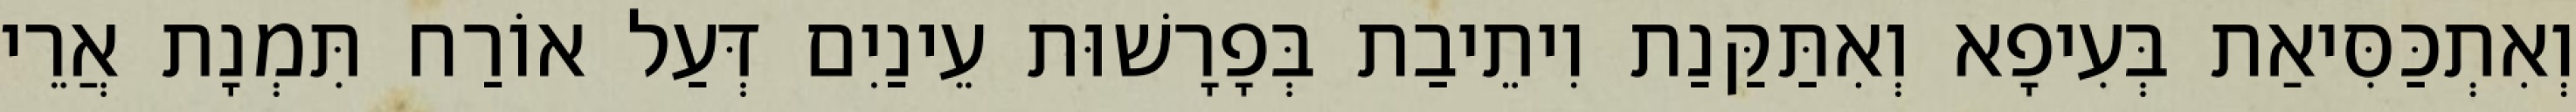
וְאִתְכַּסִּיאַת בְּעִיפָא וְאִתַּקַּנַת וִיתֵיבַת בְּפָרָשׁוּת עֵינַיִם דְּעַל אוֹרַח תִּמְנָת אֲרֵי